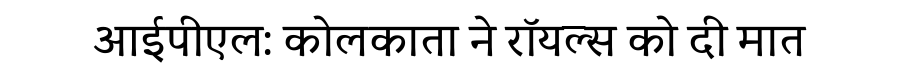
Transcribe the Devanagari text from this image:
आईपीएल: कोलकाता ने रॉयल्स को दी मात